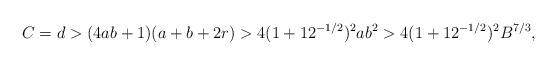
LaTeX: \begin{align*}C = d> (4ab+1)(a+b+2r) > 4(1+12^{-1/2})^2ab^2 > 4 (1+12^{-1/2})^2 B^{7/3},\end{align*}